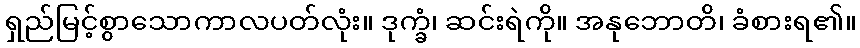
ရှည်မြင့်စွာသောကာလပတ်လုံး။ ဒုက္ခံ၊ ဆင်းရဲကို။ အနုဘောတိ၊ ခံစားရ၏။